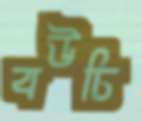
বউচি